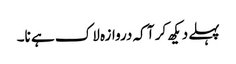
پہلے دیکھ کر آ کہ دروازہ لاک ہے نا۔